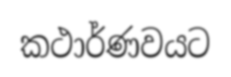
කථාර්ණවයට